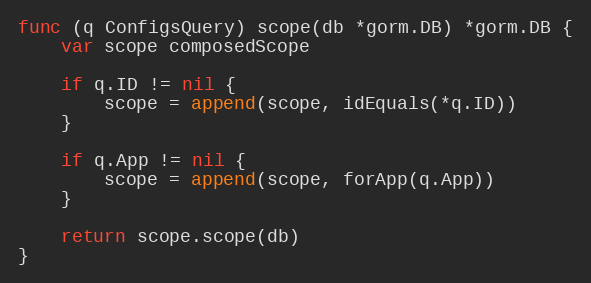
Language: Go
func (q ConfigsQuery) scope(db *gorm.DB) *gorm.DB {
	var scope composedScope

	if q.ID != nil {
		scope = append(scope, idEquals(*q.ID))
	}

	if q.App != nil {
		scope = append(scope, forApp(q.App))
	}

	return scope.scope(db)
}